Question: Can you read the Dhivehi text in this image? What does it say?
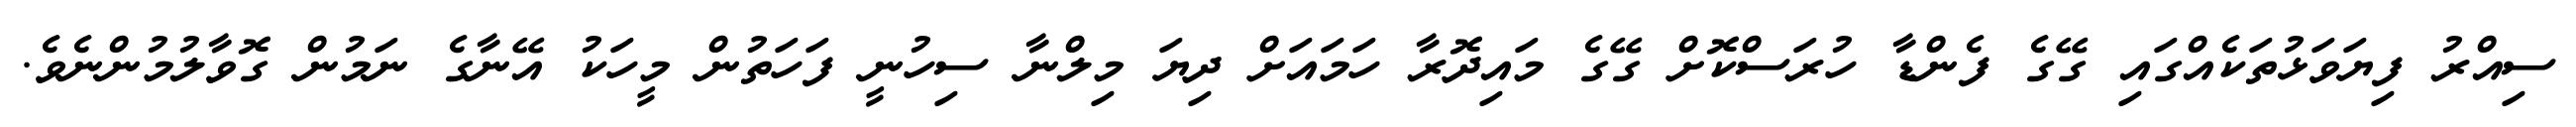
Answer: ސިއްރު ފިޔަވަޅުތަކެއްގައި ގޭގެ ފެންޑާ ހުރަސްކޮށް ގޭގެ މައިދޮރާ ހަމައަށް ދިޔަ މިލްނާ ސިހުނީ ފަހަތުން މީހަކު އޭނާގެ ނަމުން ގޮވާލުމުންނެވެ.